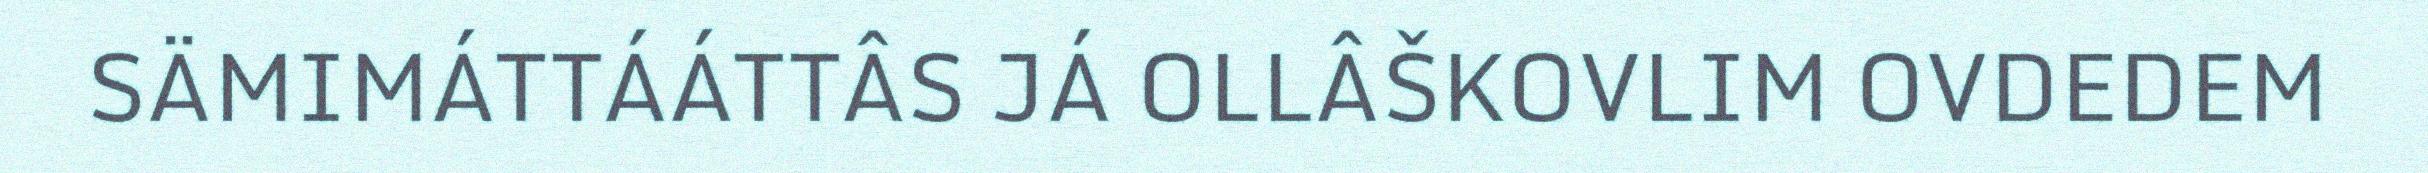
SÄMIMÁTTÁÁTTÂS JÁ OLLÂŠKOVLIM OVDEDEM